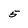
Character: 5